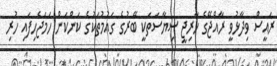
ރައީސް ވިދާޅުވީ ރާއްޖޭގެ ހާރިޖީ ސިޔާސަތަކީ ބޭރުގެ ގައުމުތަކުގެ ކަންކަން ހަމަޖެހިފައި ހުރި